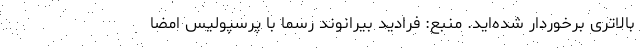
بالاتری برخوردار شده‌اید. منبع: فرادید بیرانوند رسما با پرسپولیس امضا